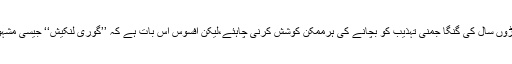
ہمارے ملک کے وزیر آعظم کو اس نکتہ پر غور کرنا چاہئے کہ ہمارے ملک کی سیکڑوں سال کی گنگا جمنی تہذیب کو بچانے کی ہرممکن کوشش کرنی چاہئے،لیکن افسوس اس بات ہے کہ ’’گوری لنکیش‘‘ جیسی مشہور سماجی کارکن اور صحافی کے قتل پر ابھی تک اپنے افسوس کا اظہار بھی نہیں کیا۔